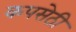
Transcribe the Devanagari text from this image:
कपसेठी